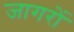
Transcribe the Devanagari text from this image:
जागरों